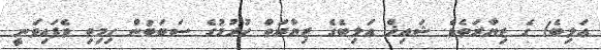
ޢަލިބެ) ގެ ޒިޔާރަތެވެ. ޝައިޚް ޢަލިބެގެ ޒިޔާރަތް ހުރުމުގެ ސަބަބުން ހިމިތި ވެފައިވަނީ